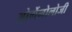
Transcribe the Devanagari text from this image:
ओर्गेनोलोजी